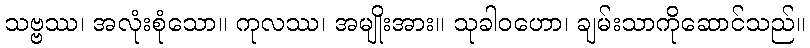
သဗ္ဗဿ၊ အလုံးစုံသော။ ကုလဿ၊ အမျိုးအား။ သုခါဝဟော၊ ချမ်းသာကိုဆောင်သည်။